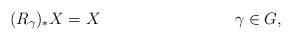
LaTeX: \begin{align*} (R_\gamma)_* X = X && \gamma \in G,\end{align*}